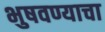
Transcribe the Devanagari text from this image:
भुषवण्याचा